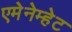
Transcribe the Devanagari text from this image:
एमेनेम्हेट